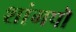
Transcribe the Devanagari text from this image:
शांगपॊ